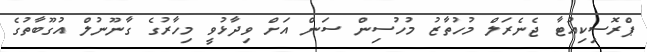
ޕްރޮސިކިއުޓާ ޖެނެރަލް މުހުތާޒު މުހުސިން ސަން އަށް ވިދާޅުވީ މިހާރުގެ ގާނޫނުލް އުގޫބާތުގެ